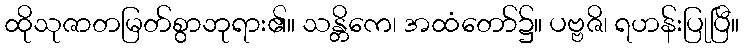
ထိုသုဇာတမြတ်စွာဘုရား၏။ သန္တိကေ၊ အထံတော်၌။ ပဗ္ဗဇိ၊ ရဟန်းပြုပြီ။